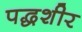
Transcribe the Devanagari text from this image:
पद्धशीर